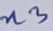
Text: n3